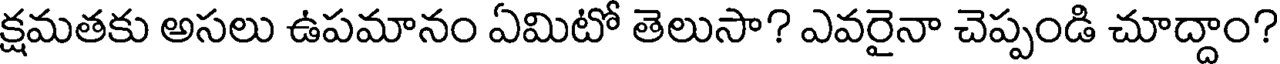
క్షమతకు అసలు ఉపమానం ఏమిటో తెలుసా? ఎవరైనా చెప్పండి చూద్దాం?